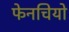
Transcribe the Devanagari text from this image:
फेनचियो